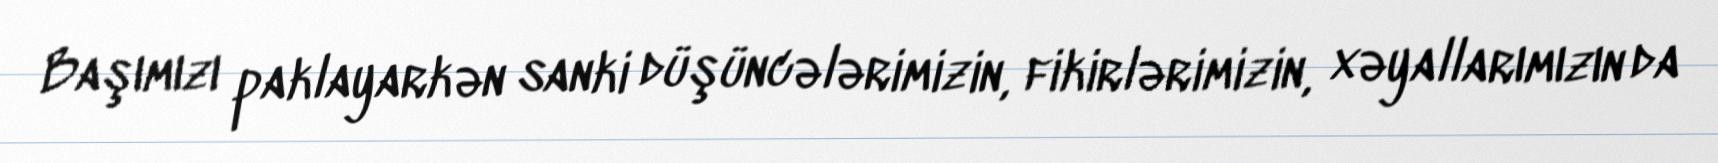
Başımızı paklayarkən sanki düşüncələrimizin, fikirlərimizin, xəyallarımızın da